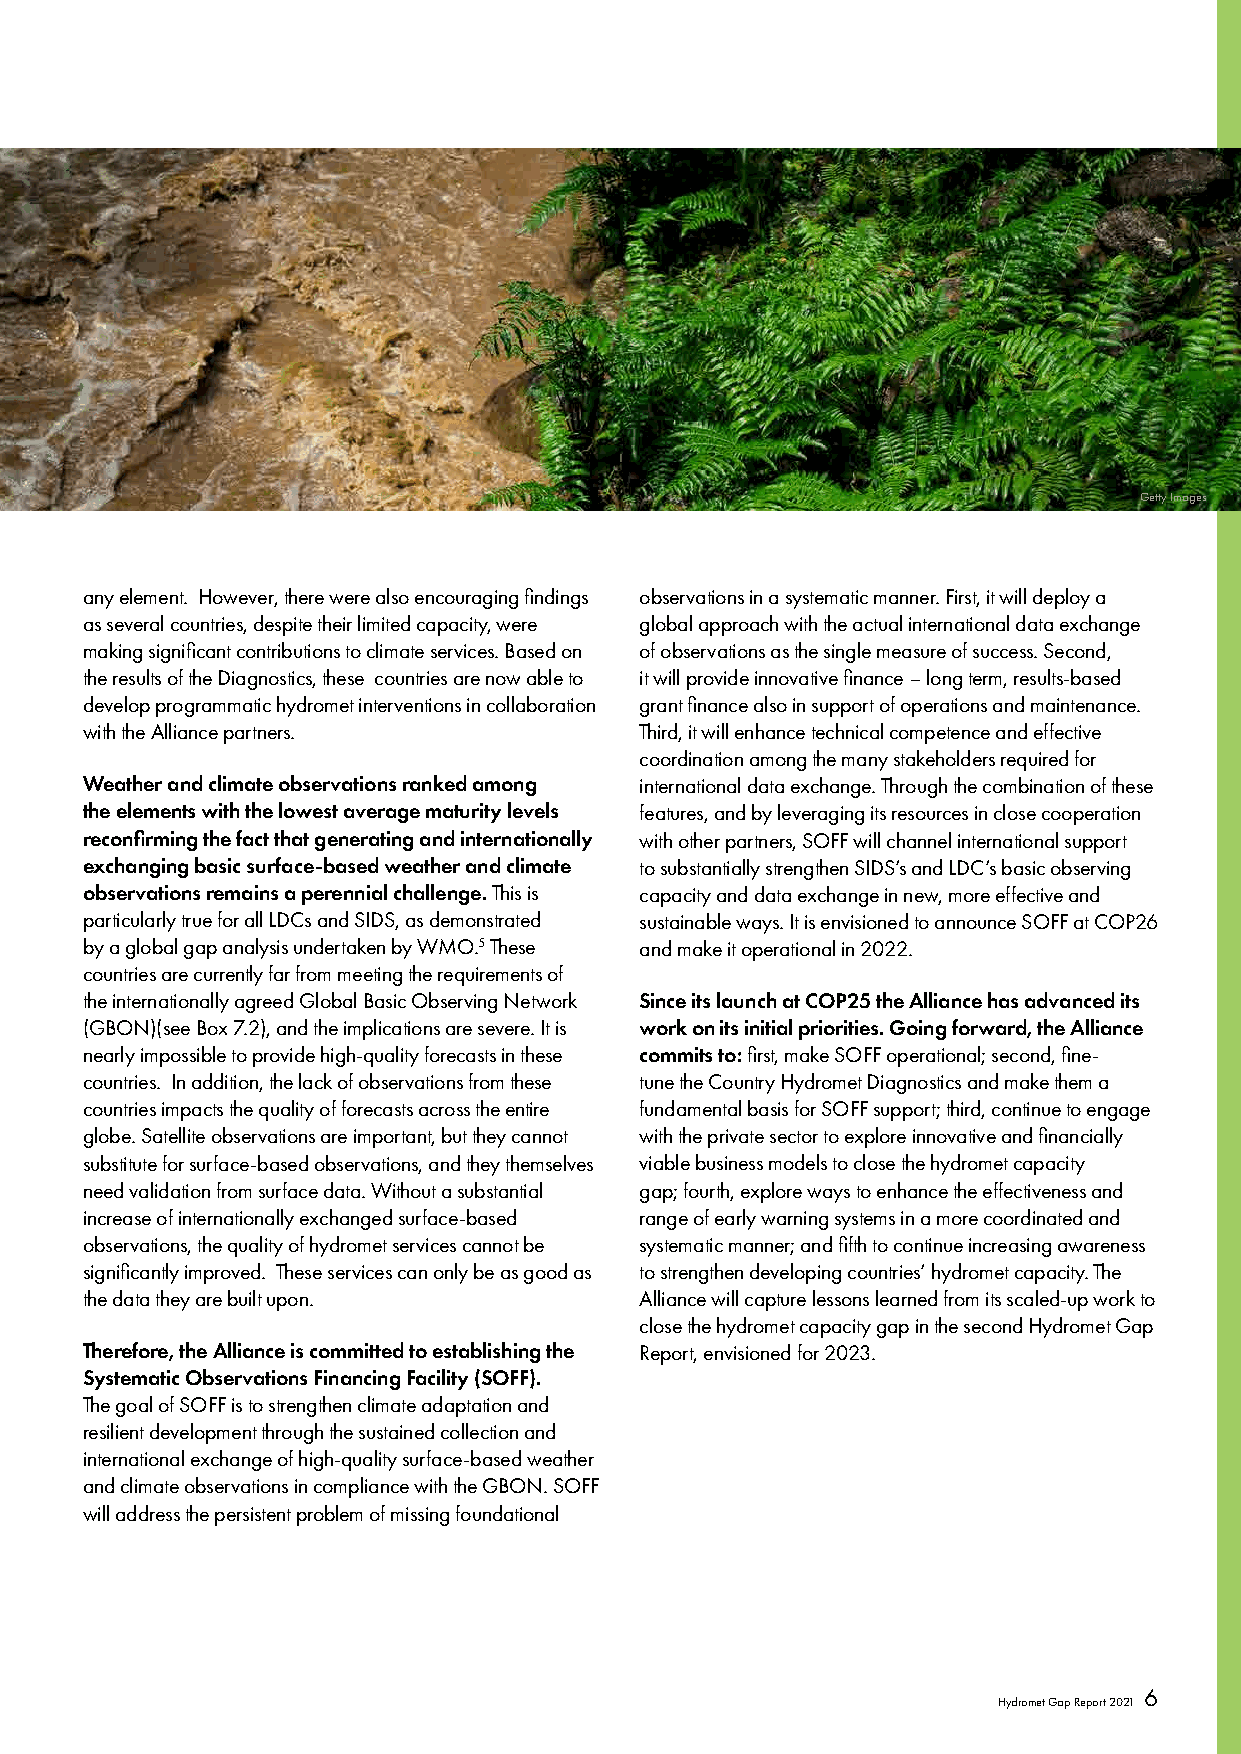
Getty Images
 any element. However, there were also encouraging findings observations in a systematic manner. First, it will deploy a
 as several countries, despite their limited capacity, were global approach with the actual international data exchange
 making significant contributions to climate services. Based on of observations as the single measure of success. Second,
 the results of the Diagnostics, these countries are now able to it will provide innovative finance – long term, results-based
 develop programmatic hydromet interventions in collaboration grant finance also in support of operations and maintenance.
 with the Alliance partners.          Third, it will enhance technical competence and effective
 coordination among the many stakeholders required for
 Weather and climate observations ranked among international data exchange. Through the combination of these
 the elements with the lowest average maturity levels features, and by leveraging its resources in close cooperation
 reconfirming the fact that generating and internationally with other partners, SOFF will channel international support
 exchanging basic surface-based weather and climate to substantially strengthen SIDS’s and LDC’s basic observing
 observations remains a perennial challenge. This is capacity and data exchange in new, more effective and
 particularly true for all LDCs and SIDS, as demonstrated sustainable ways. It is envisioned to announce SOFF at COP26
 by a global gap analysis undertaken by WMO.5 These and make it operational in 2022.
 countries are currently far from meeting the requirements of
 the internationally agreed Global Basic Observing Network Since its launch at COP25 the Alliance has advanced its
 (GBON)(see Box 7.2), and the implications are severe. It is work on its initial priorities. Going forward, the Alliance
 nearly impossible to provide high-quality forecasts in these commits to: first, make SOFF operational; second, fine-
 countries. In addition, the lack of observations from these tune the Country Hydromet Diagnostics and make them a
 countries impacts the quality of forecasts across the entire fundamental basis for SOFF support; third, continue to engage
 globe. Satellite observations are important, but they cannot with the private sector to explore innovative and financially
 substitute for surface-based observations, and they themselves viable business models to close the hydromet capacity
 need validation from surface data. Without a substantial gap; fourth, explore ways to enhance the effectiveness and
 increase of internationally exchanged surface-based range of early warning systems in a more coordinated and
 observations, the quality of hydromet services cannot be systematic manner; and fifth to continue increasing awareness
 significantly improved. These services can only be as good as to strengthen developing countries’ hydromet capacity. The
 the data they are built upon.        Alliance will capture lessons learned from its scaled-up work to
 close the hydromet capacity gap in the second Hydromet Gap
 Therefore, the Alliance is committed to establishing the Report, envisioned for 2023.
 Systematic Observations Financing Facility (SOFF).
 The goal of SOFF is to strengthen climate adaptation and
 resilient development through the sustained collection and
 international exchange of high-quality surface-based weather
 and climate observations in compliance with the GBON. SOFF
 will address the persistent problem of missing foundational
 6
 Hydromet Gap Report 2021